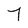
Character: 7